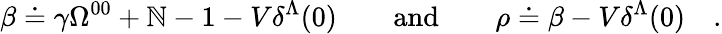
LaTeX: \beta\doteq\gamma\Omega^{00}+\mathbb{N}-1-V\delta^{\Lambda}(0)\qquad\mathrm{{and}}\qquad\rho\doteq\beta-V\delta^{\Lambda}(0)\quad.